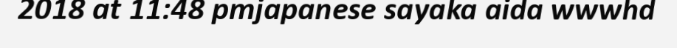
2018 at 11:48 pmjapanese sayaka aida wwwhd